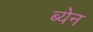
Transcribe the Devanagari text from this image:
ब्येन